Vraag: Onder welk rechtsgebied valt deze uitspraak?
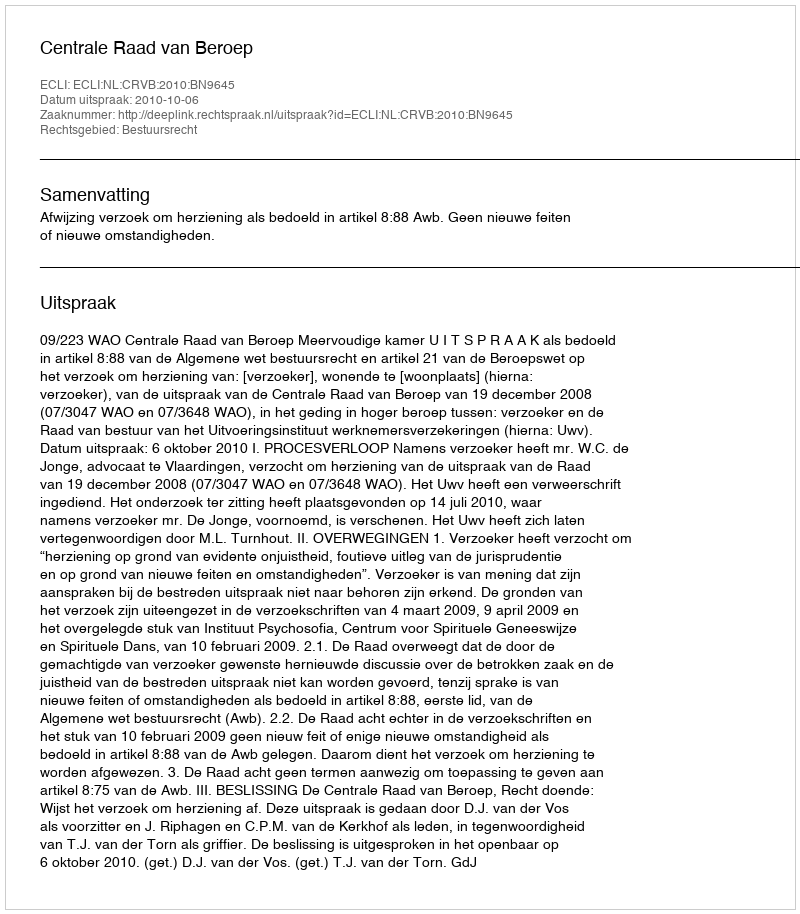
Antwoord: Bestuursrecht